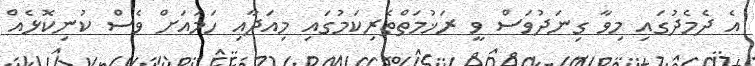
އެ ދެމެދުގައި މިވާ ގިނަދުވަސް ވީ ރަޚުމަތްތެރިކަމުގައި މިއަދާއި ހަމައަށް ވެސް ކުނިކޮޅެއް